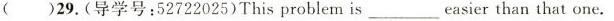
( )29. ( 导学号 : 52722025 ) This problem is ___ easier than that one.